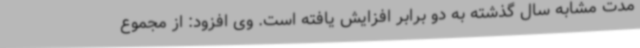
مدت مشابه سال گذشته به دو برابر افزایش یافته است. وی افزود: از مجموع